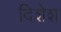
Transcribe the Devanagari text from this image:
दिशेश